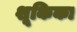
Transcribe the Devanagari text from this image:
शूकिका